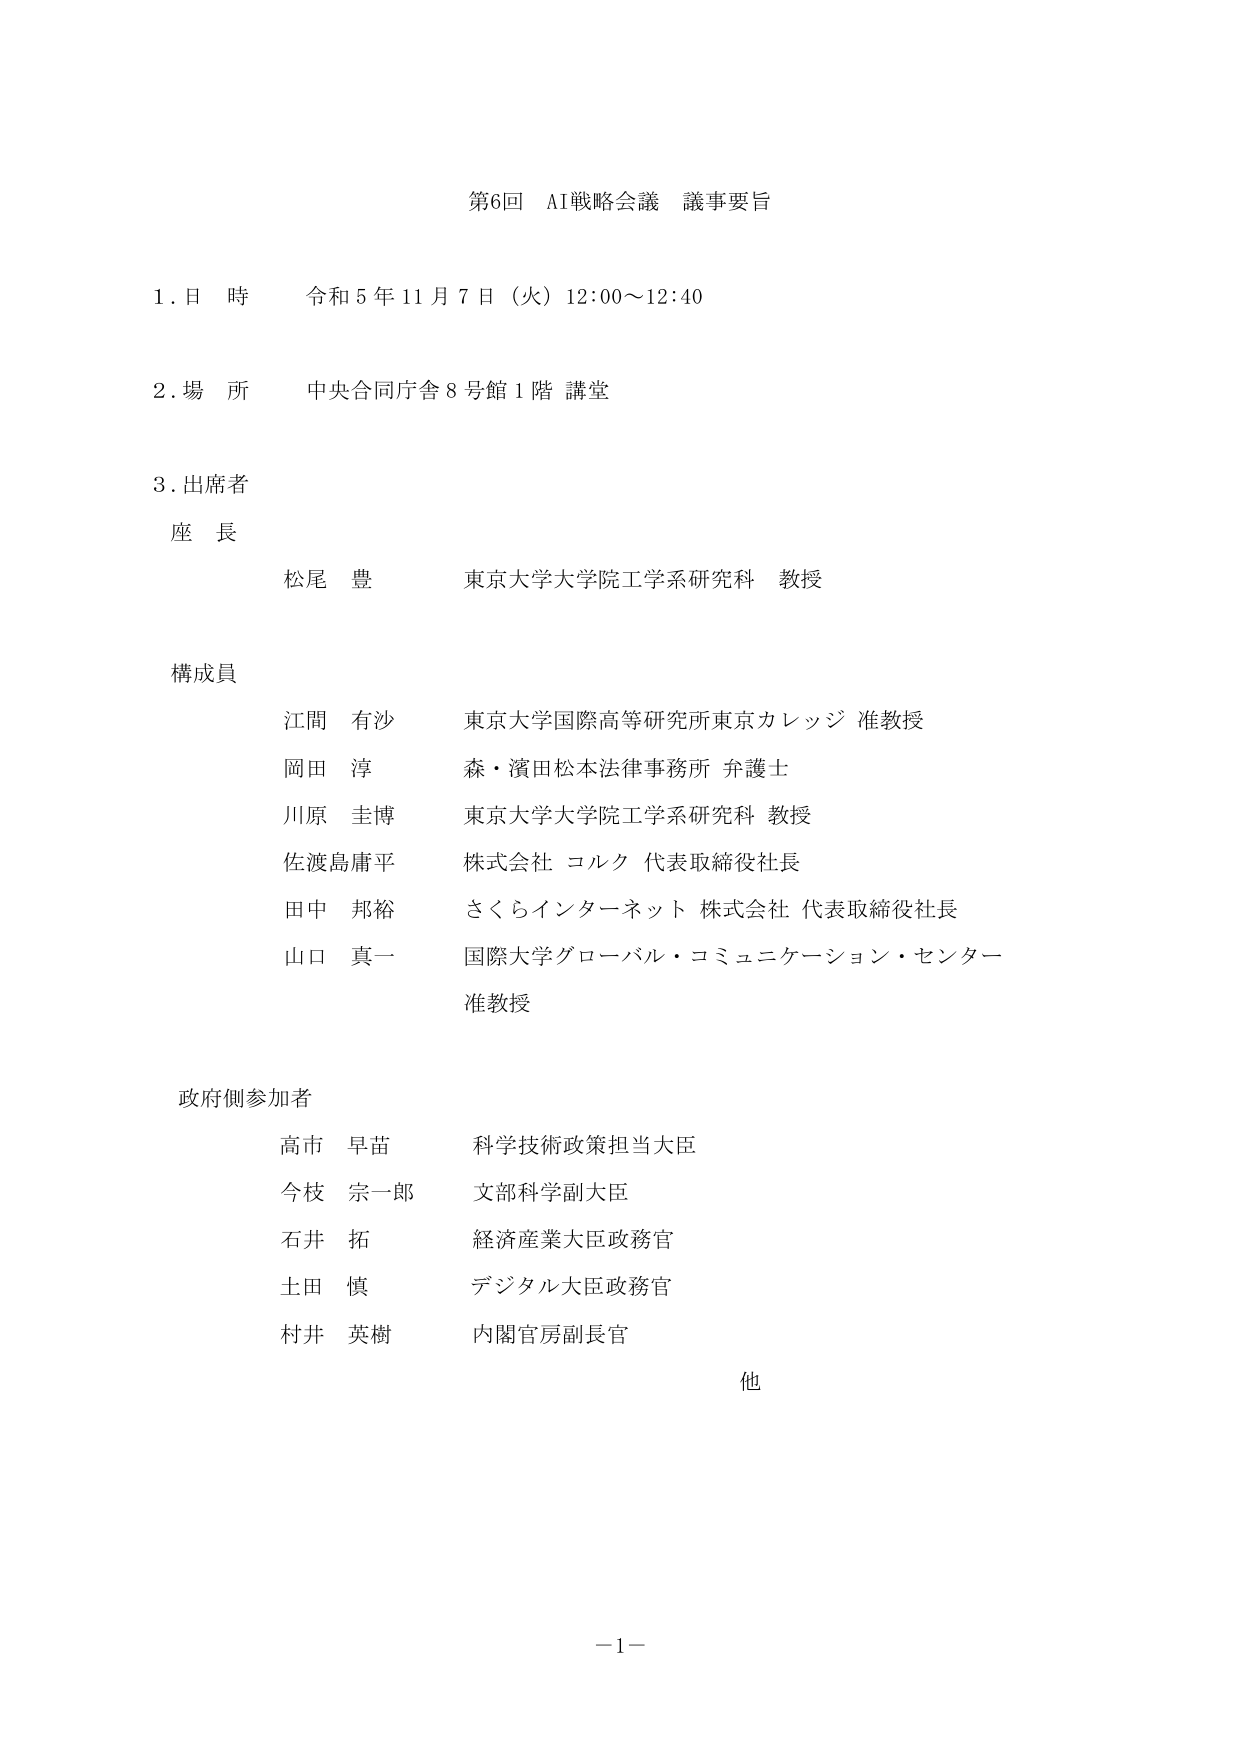
第6回 AI戦略会議 議事要旨

1. 日 時 令和5年11月7日（火）12:00～12:40

2. 場 所 中央合同庁舎8号館1階 講堂

3. 出席者

座 長
松尾 豊 東京大学大学院工学系研究科 教授

構成員
江間 有沙 東京大学国際高等研究所東京カレッジ 准教授
岡田 淳 森・濱田松本法律事務所 弁護士
川原 圭博 東京大学大学院工学系研究科 教授
佐渡島庸平 株式会社 コルク 代表取締役社長
田中 邦裕 さくらインターネット 株式会社 代表取締役社長
山口 真一 国際大学グローバル・コミュニケーション・センター 准教授

政府側参加者
高市 早苗 科学技術政策担当大臣
今枝 宗一郎 文部科学副大臣
石井 拓 経済産業大臣政務官
土田 慎 デジタル大臣政務官
村井 英樹 内閣官房副長官
他

－1－